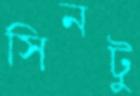
সিনটু